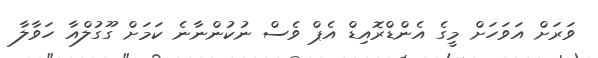
ވަރަށް އަވަހަށް މީގެ އެންޑްރޮއިޑް އެޕް ވެސް ނުކުންނާނެ ކަމަށް ގޫގުލްއާ ހަވާލާ